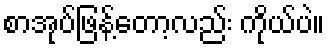
စာအုပ်ဖြန့်တော့လည်း ကိုယ်ပဲ။